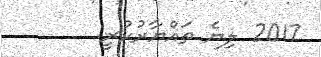
2017 ލިޔެ ތައްޔާރުކުރީ: